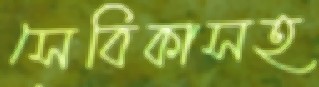
সেবিকাসহ